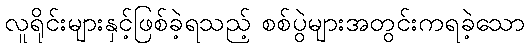
လူရိုင်းများနှင့်ဖြစ်ခဲ့ရသည့် စစ်ပွဲများအတွင်းကရခဲ့သော